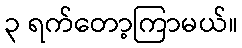
၃ ရက်တော့ကြာမယ်။